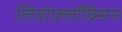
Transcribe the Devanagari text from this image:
लिवोफ़्लॉक्सिन